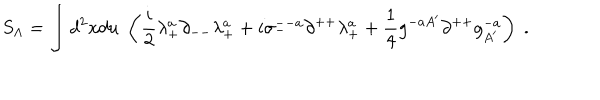
LaTeX: S _ { \Lambda } = \int d ^ { 2 } x d u \; \left( { \frac { i } { 2 } } \lambda _ { + } ^ { a } \partial _ { -- } \lambda _ { + } ^ { a } + i \sigma _ { - } ^ { -- a } \partial ^ { + + } \lambda _ { + } ^ { a } + { \frac { 1 } { 4 } } g ^ { - a A ^ { \prime } } \partial ^ { + + } g _ { A ^ { \prime } } ^ { - a } \right) \; .